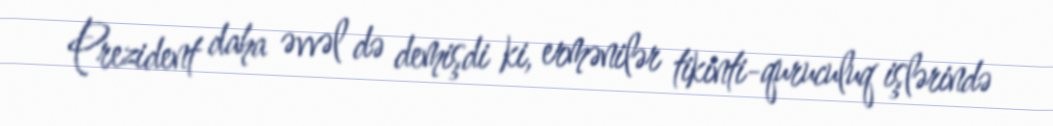
Prezident daha əvvəl də demişdi ki, ermənilər tikinti-quruculuq işlərində